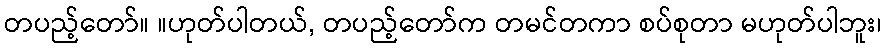
တပည့်တော်။ ။ဟုတ်ပါတယ်, တပည့်တော်က တမင်တကာ စပ်စုတာ မဟုတ်ပါဘူး၊